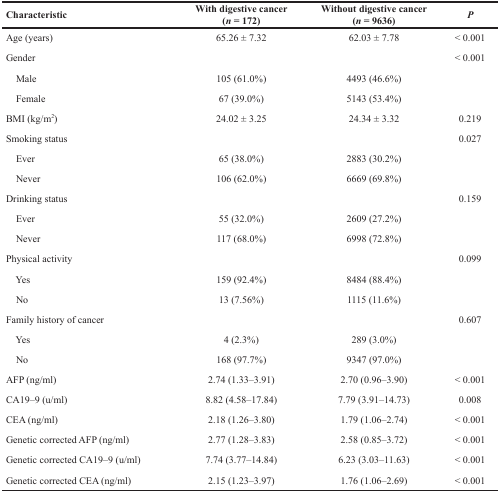
<table><thead><tr><td><b>Characteristic</b></td><td><b>With digestive cancer(<i>n</i> = 172)</b></td><td><b>Without digestive cancer(<i>n</i> = 9636)</b></td><td><b><i>P</i></b></td></tr></thead><tbody><tr><td>Age (years)</td><td>65.26 ± 7.32</td><td>62.03 ± 7.78</td><td>&lt; 0.001</td></tr><tr><td>Gender</td><td></td><td></td><td>&lt; 0.001</td></tr><tr><td> Male</td><td>105 (61.0%)</td><td>4493 (46.6%)</td><td></td></tr><tr><td> Female</td><td>67 (39.0%)</td><td>5143 (53.4%)</td><td></td></tr><tr><td>BMI (kg/m<sup>2</sup>)</td><td>24.02 ± 3.25</td><td>24.34 ± 3.32</td><td>0.219</td></tr><tr><td>Smoking status</td><td></td><td></td><td>0.027</td></tr><tr><td> Ever</td><td>65 (38.0%)</td><td>2883 (30.2%)</td><td></td></tr><tr><td> Never</td><td>106 (62.0%)</td><td>6669 (69.8%)</td><td></td></tr><tr><td>Drinking status</td><td></td><td></td><td>0.159</td></tr><tr><td> Ever</td><td>55 (32.0%)</td><td>2609 (27.2%)</td><td></td></tr><tr><td> Never</td><td>117 (68.0%)</td><td>6998 (72.8%)</td><td></td></tr><tr><td>Physical activity</td><td></td><td></td><td>0.099</td></tr><tr><td> Yes</td><td>159 (92.4%)</td><td>8484 (88.4%)</td><td></td></tr><tr><td> No</td><td>13 (7.56%)</td><td>1115 (11.6%)</td><td></td></tr><tr><td>Family history of cancer</td><td></td><td></td><td>0.607</td></tr><tr><td> Yes</td><td>4 (2.3%)</td><td>289 (3.0%)</td><td></td></tr><tr><td> No</td><td>168 (97.7%)</td><td>9347 (97.0%)</td><td></td></tr><tr><td>AFP (ng/ml)</td><td>2.74 (1.33–3.91)</td><td>2.70 (0.96–3.90)</td><td>&lt; 0.001</td></tr><tr><td>CA19–9 (u/ml)</td><td>8.82 (4.58–17.84)</td><td>7.79 (3.91–14.73)</td><td>0.008</td></tr><tr><td>CEA (ng/ml)</td><td>2.18 (1.26–3.80)</td><td>1.79 (1.06–2.74)</td><td>&lt; 0.001</td></tr><tr><td>Genetic corrected AFP (ng/ml)</td><td>2.77 (1.28–3.83)</td><td>2.58 (0.85–3.72)</td><td>&lt; 0.001</td></tr><tr><td>Genetic corrected CA19–9 (u/ml)</td><td>7.74 (3.77–14.84)</td><td>6.23 (3.03–11.63)</td><td>&lt; 0.001</td></tr><tr><td>Genetic corrected CEA (ng/ml)</td><td>2.15 (1.23–3.97)</td><td>1.76 (1.06–2.69)</td><td>&lt; 0.001</td></tr></tbody></table>